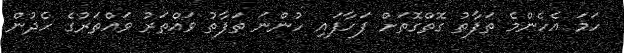
ހަމަ އެހެންމެ ތަފާތު ގޮތްގޮތަށް ފަހާފައި ހުންނަ ތަފާތު ވައްތަރު ވައްތަރުގެ ހެދުން